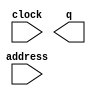
module bg2_new (
	address,
	clock,
	q);

	input	[14:0]  address;
	input	  clock;
	output	[11:0]  q;
`ifndef ALTERA_RESERVED_QIS
// synopsys translate_off
`endif
	tri1	  clock;
`ifndef ALTERA_RESERVED_QIS
// synopsys translate_on
`endif

endmodule